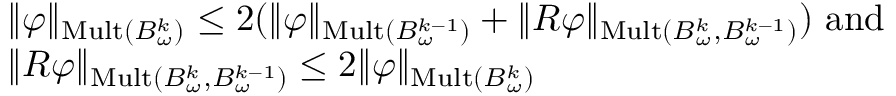
\begin{array} { r l } & { \| \varphi \| _ { \mathrm { M u l t } ( B _ { \omega } ^ { k } ) } \le 2 ( \| \varphi \| _ { \mathrm { M u l t } ( B _ { \omega } ^ { k - 1 } ) } + \| R \varphi \| _ { \mathrm { M u l t } ( B _ { \omega } ^ { k } , B _ { \omega } ^ { k - 1 } ) } ) \mathrm { ~ a n d ~ } } \\ & { \| R \varphi \| _ { \mathrm { M u l t } ( B _ { \omega } ^ { k } , B _ { \omega } ^ { k - 1 } ) } \le 2 \| \varphi \| _ { \mathrm { M u l t } ( B _ { \omega } ^ { k } ) } } \end{array}